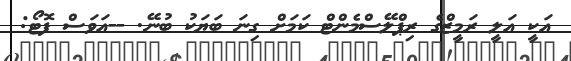
އަކީ އަލީ ރަމީޒްގެ ރިޕްލޭސްމެންޓް ކަމަށް ގިނަ ބަޔަކު ބުނޭ. --އަވަސް ފޮޓޯ: